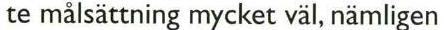
te målsättning mycket väl, nämligen